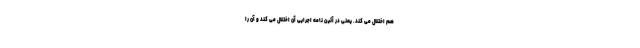
هم اختلال می کند. یعنی در آئین نامه اجرایی آن اختلال می کند و آن را